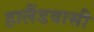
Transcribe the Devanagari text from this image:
हालैंडवासी